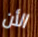
الأن